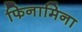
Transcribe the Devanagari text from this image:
फिनामिना